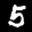
Label: 5